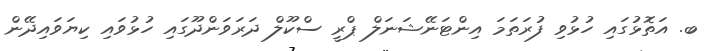
ބ. އަތޮޅުގައި ހުޅުވި ފުރަތަމަ އިންޓަނޭޝަނަލް ޕްރީ ސްކޫލް ދަރަވަންދޫގައި ހުޅުވައި ކިޔަވައިދޭން